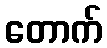
တောက်